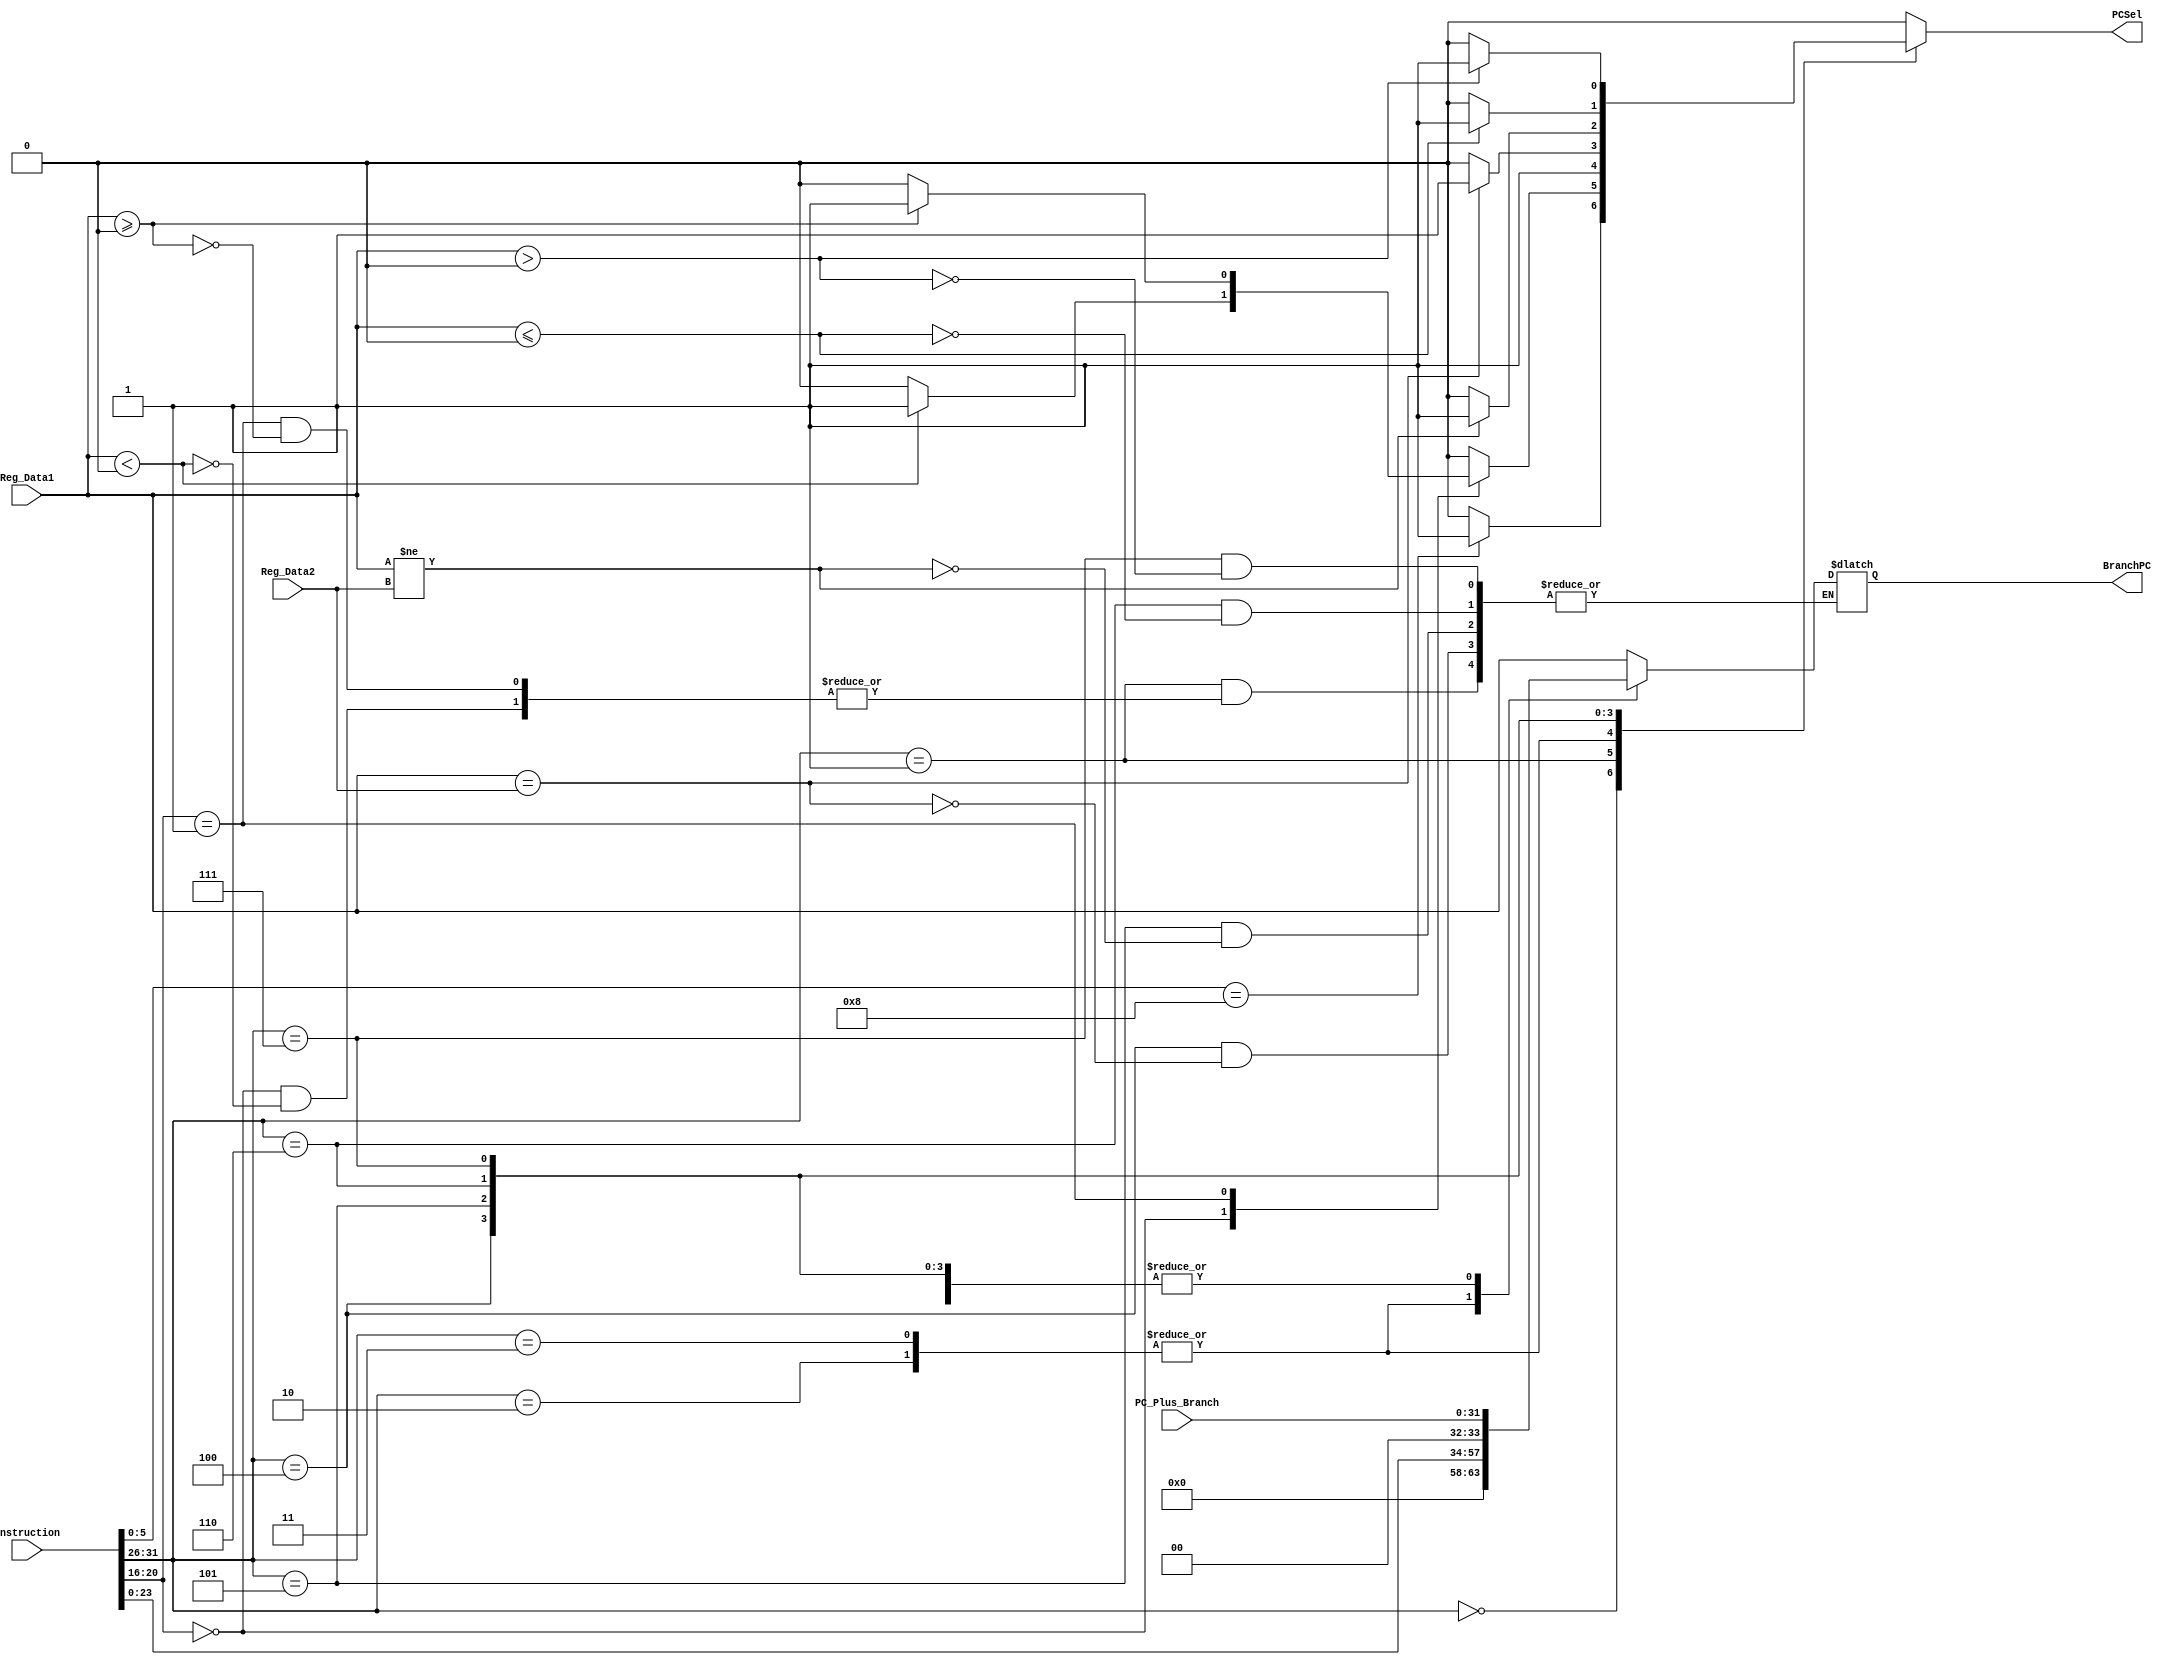
`timescale 1ns / 1ps
//////////////////////////////////////////////////////////////////////////////////
// Company: 
// Engineer: 
// 
// Design Name: 
// Module Name: PCSrc_Control
// Project Name: 
// Target Devices: 
// Tool Versions: 
// Description: 
// 
// Dependencies: 
// 
// Revision:
// Revision 0.01 - File Created
// Additional Comments:
// 
//////////////////////////////////////////////////////////////////////////////////

module PCSrcControl(
// ***Inputs***
Instruction,  PC_Plus_Branch, Reg_Data1, Reg_Data2,

// ***Outputs***
PCSel, BranchPC

); 
    input [31:0] Instruction, PC_Plus_Branch, Reg_Data1, Reg_Data2;
    
    output reg PCSel;
    output reg [31:0] BranchPC;
    
    // Make it always @ (*), functionality should stay the same though
    always @ (*) begin
        case (Instruction[31:26])   
            // jr 
            6'b000000: begin
                if (Instruction [5:0] == 6'b001000) begin
                    PCSel <= 1;
                    BranchPC <= Reg_Data1;
                end
                else begin
                    PCSel <= 0;
                    BranchPC <= 32'hXXXXXXXX;
                end
            end  
            
            // bltz, bgez
            6'b000001: begin
                case(Instruction [20:16])
                    // bltz
                    5'b00000:
                        if(Reg_Data1 < 0) begin 
                            PCSel <= 1;
                            BranchPC <= PC_Plus_Branch; 
                        end
                        
                        else PCSel <= 0;
                     
                    // bgez   
                    5'b00001:
                        if(Reg_Data1 >= 0) begin 
                            PCSel <= 1;
                            BranchPC <= PC_Plus_Branch; 
                        end
                        
                        else PCSel <= 0;
                        
                    default: begin
                        PCSel <= 0;
                        BranchPC <= 32'hXXXXXXXX;
                    end
                    
                endcase
            end
            
            // j
            6'b000010: begin
                PCSel <= 1;
                BranchPC <= {4'b0000, (Instruction[25:0] << 2)};
            end
            
            // jal (BE SURE TO TEST THIS)
            6'b000011: begin
                PCSel <= 1;
                BranchPC <= {4'b0000, (Instruction[25:0] << 2)};                
            end
            
            // beq
            6'b000100: begin
                if (Reg_Data1 == Reg_Data2) begin
                    PCSel <= 1;
                    BranchPC <= PC_Plus_Branch;
                end
                else PCSel <= 0;
            end
            
            // bne
            6'b000101: begin
                if (Reg_Data1 != Reg_Data2) begin
                    PCSel <= 1;
                    BranchPC <= PC_Plus_Branch;
                end
                else PCSel <= 0;
            end
            
            // blez
            6'b000110: begin
                if (Reg_Data1 <= 0) begin
                    PCSel <= 1;
                    BranchPC <= PC_Plus_Branch;
                end
                else PCSel <= 0;
            end
          
            // bgtz
            6'b000111: begin
                if (Reg_Data1 > 0) begin
                    PCSel <= 1;
                    BranchPC <= PC_Plus_Branch;
                end
                else PCSel <= 0;
            end          
          
            default: begin
                PCSel <= 0;
                BranchPC <= 32'hXXXXXXXX;
                end           
          endcase              
    end
endmodule